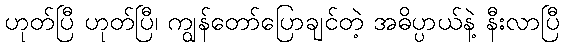
ဟုတ်ပြီ ဟုတ်ပြီ၊ ကျွန်တော်ပြောချင်တဲ့ အဓိပ္ပာယ်နဲ့ နီးလာပြီ